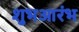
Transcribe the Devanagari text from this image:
शुभआरंभ